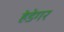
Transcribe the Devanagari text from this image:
हेडेगर